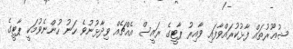
ޝުޢޫރުތައް ފާޅުކުރައްވާފައި ވާއިރު ޕާޓީގެ ރައީސް އެއްޗެއް ވިދާޅުނުވެ ހަނު ހުންނެވުމަކީ ޕާޓީގެ